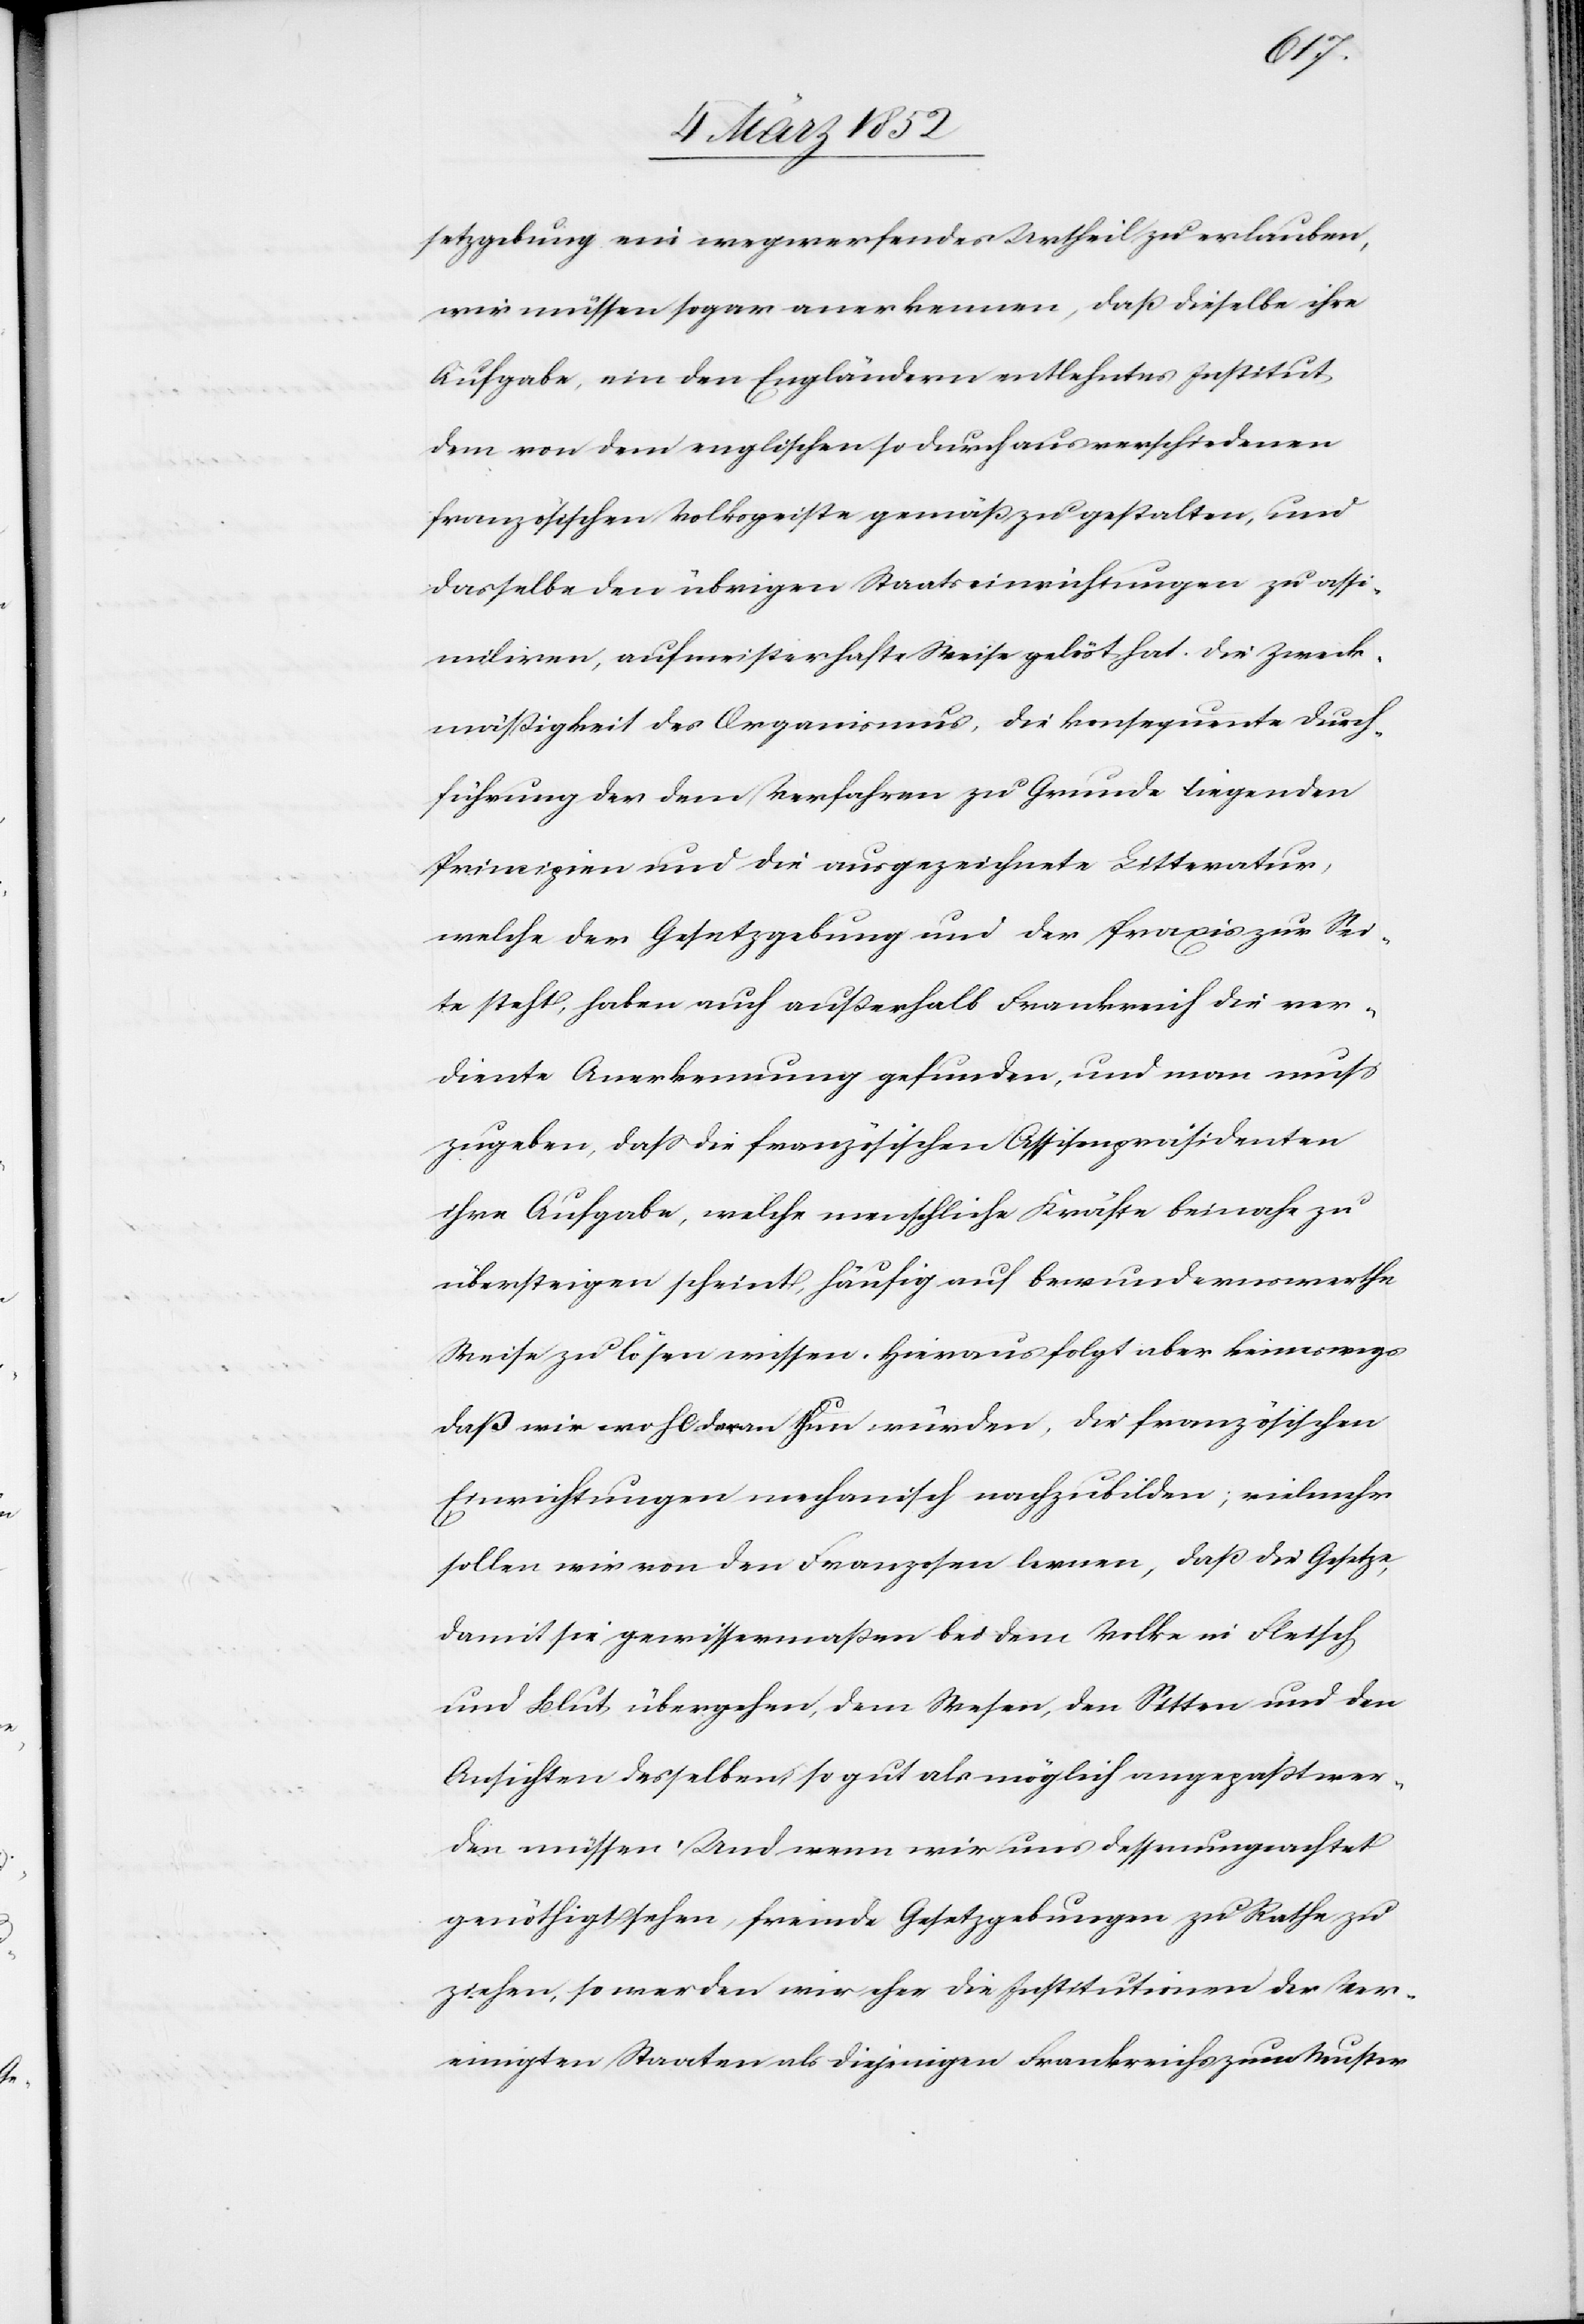
setzgebung ein wegwerfendes Urtheil zu erlauben,
wir müssen sogar anerkennen, daß dieselbe ihre
Aufgabe, ein den Engländern entlehntes Institut
dem von dem englischen so durchaus verschiedenen
französischen Volksgeiste gemäß zu gestalten, und
dasselbe den übrigen Staatseinrichtungen zu assi¬
miliren, auf meisterhafte Weise gelöst hat. Die Zweck¬
mäßigkeit des Organismus, die konsequente Durch¬
führung der dem Verfahren zu Grunde liegenden
Prinzipien und die ausgezeichnete Litteratur,
welche der Gesetzgebung und der Praxis zur Sei¬
te steht, haben auch außerhalb Frankreich die ver¬
diente Anerkennung gefunden, und man muß
zugeben, daß die französischen Assisenpräsidenten
ihre Aufgabe, welche menschliche Kräfte beinahe zu
übersteigen scheint, häufig auf bewundernswerthe
Weise zu lösen wissen. Hieraus folgt aber keineswegs
daß wir wohl daran thun würden, die französischen
Einrichtungen mechanisch nachzubilden; vielmehr
sollen wir von den Franzosen lernen, daß die Gesetze
damit sie gewissermaßen bei dem Volke in Fleisch
und Blut übergehen, dem Wesen, den Sitten und den
Ansichten desselben so gut als möglich angepaßt wer¬
den müssen. Und wenn wir uns dessenungeachtet
genöthigt sehen, fremde Gesetzgebungen zu Rathe zu
ziehen, so werden wir eher die Institutionen der Ver¬
einigten Staaten als diejenigen Frankreichs zum Muster